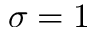
\sigma = 1